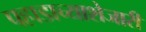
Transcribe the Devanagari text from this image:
पहाडाच्याशेजारी